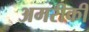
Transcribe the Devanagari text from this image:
अमरीकी